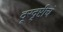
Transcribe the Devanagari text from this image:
दूरदृष्टीचं